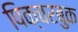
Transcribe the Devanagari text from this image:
पिक्चरबुक